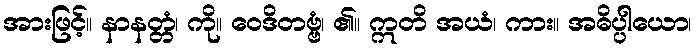
အားဖြင့်။ နာနတ္တံ၊ ကို။ ဝေဒိတဗ္ဗံ၊ ၏။ ဣတိ အယံ၊ ကား။ အဓိပ္ပါယော၊